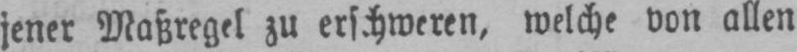
jener Maßregel zu erschweren, welche von allen